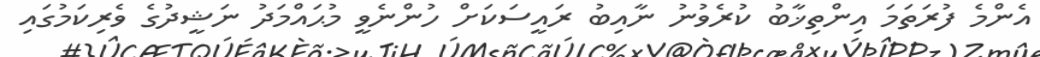
އެންމެ ފުރަތަމަ އިންތިޚާބު ކުރެވުނު ނާއިބު ރައީސަކަށް ހުންނެވީ މުޙައްމަދު ނަޝީދުގެ ވެރިކަމުގައި